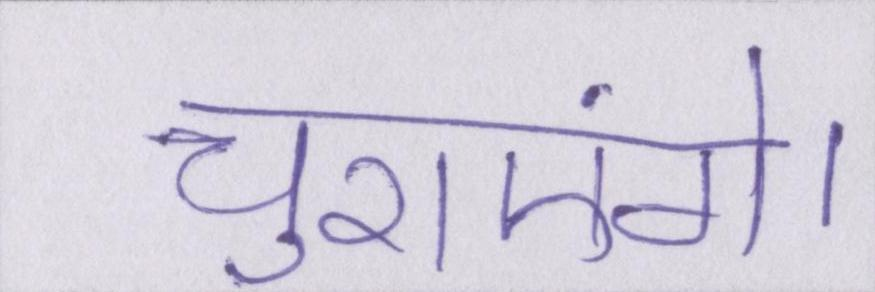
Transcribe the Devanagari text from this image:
चुराएंगे।